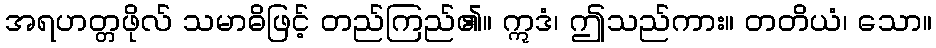
အရဟတ္တဖိုလ် သမာဓိဖြင့် တည်ကြည်၏။ ဣဒံ၊ ဤသည်ကား။ တတိယံ၊ သော။